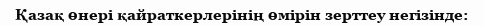
Қазақ өнері қайраткерлерінің өмірін зерттеу негізінде: